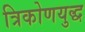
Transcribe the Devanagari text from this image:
त्रिकोणयुद्ध